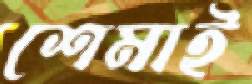
শেমাই